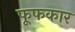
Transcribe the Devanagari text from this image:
फूफकार